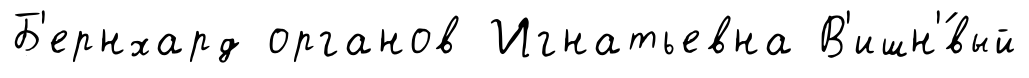
Б'ернхард органов Игнатьевна В'ишн'́вый